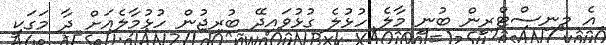
އެ މިނިސްޓްރީން ބުނީ މާލެ ހުޅުލެ ގުޅުވައިދޭ ބުރިޖުން ހުޅުމާލެއަށް ދާ މަގަކީ